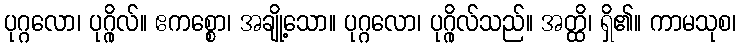
ပုဂ္ဂလော၊ ပုဂ္ဂိုလ်။ ဧကစ္စော၊ အချို့သော။ ပုဂ္ဂလော၊ ပုဂ္ဂိုလ်သည်။ အတ္ထိ၊ ရှိ၏။ ကာမသုစ၊